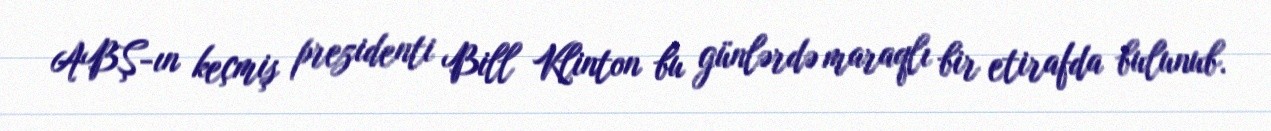
ABŞ-ın keçmiş prezidenti Bill Klinton bu günlərdə maraqlı bir etirafda bulunub.